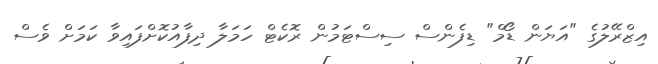
އިޒްރޭލުގެ "އަޔަން ޑޯމް" ޑިފެންސް ސިސްޓަމުން ރޮކެޓް ހަމަލާ ދިފާއުކޮށްފައިވާ ކަމަށް ވެސް